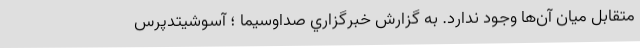
متقابل میان آن‌ها وجود ندارد. به گزارش خبرگزاري صداوسيما ؛ آسوشیتدپرس